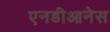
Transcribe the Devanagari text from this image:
एनडीआनेस